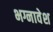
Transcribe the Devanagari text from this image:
भग्नावेश